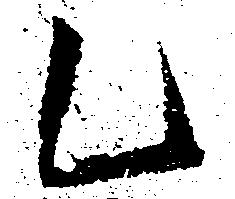
乙